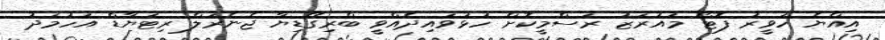
އިއްޔެ ހަވީރު ފޮޓޯ މައުރަޒު ރަސްމީކޮށް ހުޅުވައިދެއްވީ ބްރިގޭޑިޔާ ޖެނެރަލް ރިޓަޔާޑް އަހުމަދު